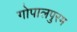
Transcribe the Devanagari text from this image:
गोपालपुरम